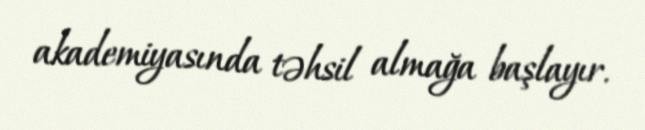
akademiyasında təhsil almağa başlayır.